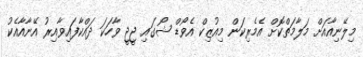
މިލޭނިއާއަށް މަލާމަތްކޮށް އެމެރިކަން މިއުޒިކް އެވޯޑް ޝޯގައި ޖީޖީ ވާހަކަ ދައްކާފައިވާއިރު އޭނާއާއެކު